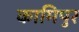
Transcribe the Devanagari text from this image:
कामिपुर